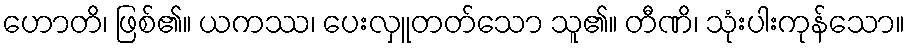
ဟောတိ၊ ဖြစ်၏။ ယကဿ၊ ပေးလှူတတ်သော သူ၏။ တီဏိ၊ သုံးပါးကုန်သော။